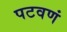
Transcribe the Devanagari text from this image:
पटवणं